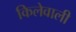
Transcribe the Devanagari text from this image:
किलेवाली